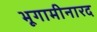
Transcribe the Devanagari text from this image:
भूगामीनारद